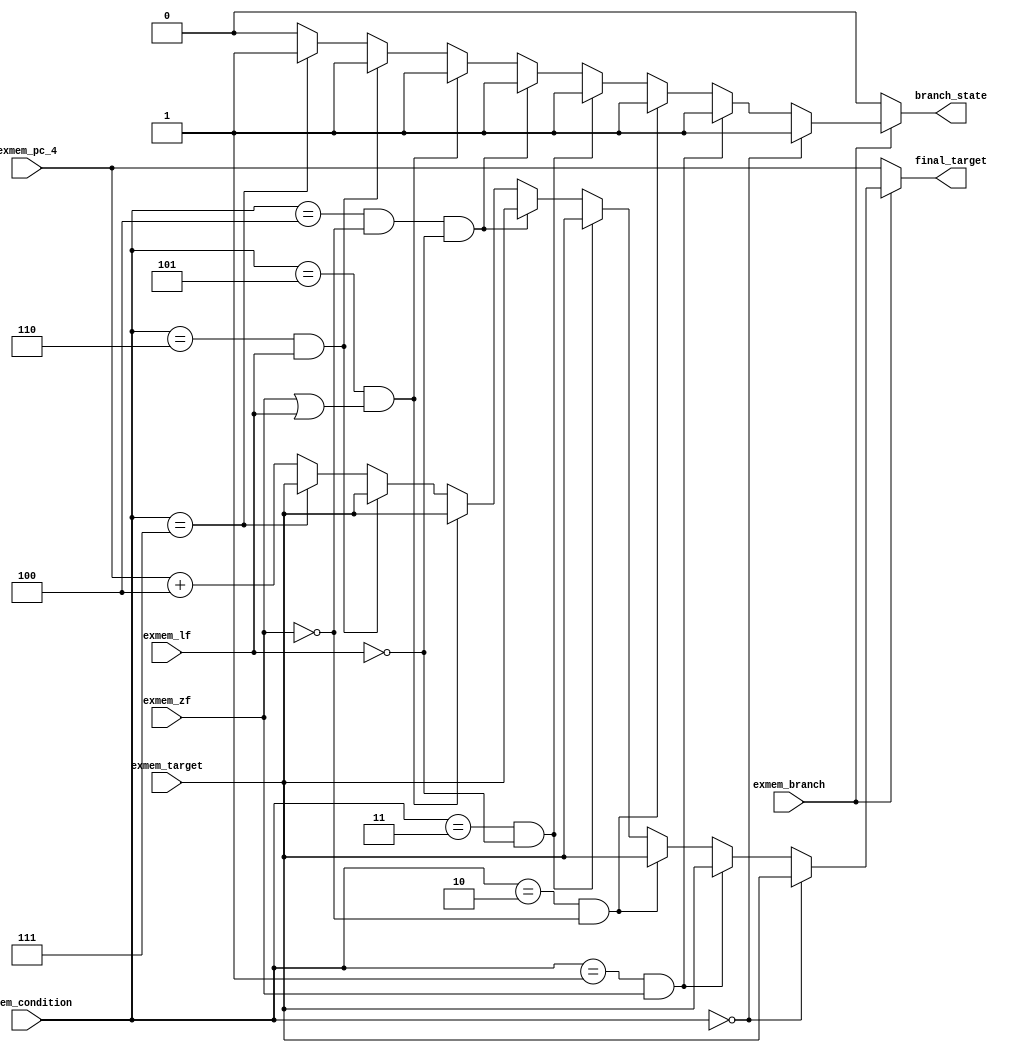
module final_target(
	input exmem_branch,
	input [2:0] exmem_condition,
	input [31:0] exmem_target,
	input [31:0] exmem_pc_4,
	input exmem_lf,
	input exmem_zf,
	output reg [31:0] final_target,
	output reg branch_state
);

	always@(*)
	begin
		if(exmem_branch == 1'b0)
		begin
			final_target = exmem_pc_4;
			branch_state = 1'b0;
	    end
		else if(exmem_condition == 3'b000)
		begin
			final_target = exmem_target;
			branch_state = 1'b1;
	    end
		else if((exmem_condition == 3'b001) && (exmem_zf == 1'b1))
		begin
			final_target = exmem_target;
			branch_state = 1'b1;
		end
		else if((exmem_condition == 3'b010) && (exmem_zf == 1'b0))
		begin
			final_target = exmem_target;
			branch_state = 1'b1;
		end
		else if((exmem_condition == 3'b011) && (exmem_lf == 1'b0))
		begin
			final_target = exmem_target;
			branch_state = 1'b1;
		end
		else if((exmem_condition == 3'b100) && (exmem_zf == 1'b0) && (exmem_lf == 1'b0))
		begin
			final_target = exmem_target;
			branch_state = 1'b1;
		end
		else if((exmem_condition == 3'b101) && ((exmem_zf == 1'b1) || (exmem_lf == 1'b1)))
		begin
			final_target = exmem_target;
			branch_state = 1'b1;
		end
		else if((exmem_condition == 3'b110) && (exmem_lf == 1'b1))
		begin
			final_target = exmem_target;
			branch_state = 1'b1;
		end
		else if(exmem_condition == 3'b111)
		begin
			final_target = exmem_target;
			branch_state = 1'b1;
		end
		else
		begin
			final_target = exmem_pc_4 + 4;
			branch_state = 1'b0;
		end
	end
	
endmodule